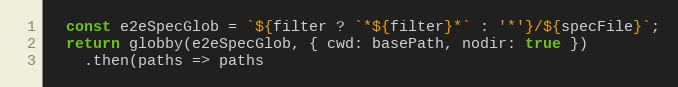
Language: JavaScript
  const e2eSpecGlob = `${filter ? `*${filter}*` : '*'}/${specFile}`;
  return globby(e2eSpecGlob, { cwd: basePath, nodir: true })
    .then(paths => paths